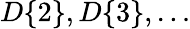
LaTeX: D\{ 2\} ,D\{ 3\} ,\ldots